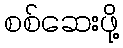
စစ်ဆေးဖို့